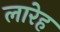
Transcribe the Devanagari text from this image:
लारेह